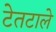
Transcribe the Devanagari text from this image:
टेतटाले